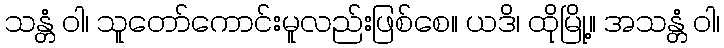
သန္တံ ဝါ၊ သူတော်ကောင်းမူလည်းဖြစ်စေ။ ယဒိ၊ ထိုမြို့။ အသန္တံ ဝါ၊